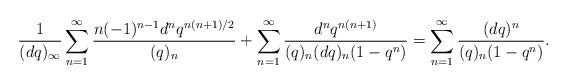
LaTeX: \begin{align*}\frac{1}{(dq)_{\infty}}\sum_{n=1}^{\infty}\frac{n(-1)^{n-1}d^nq^{n(n+1)/2}}{(q)_n}+\sum_{n=1}^{\infty}\frac{d^nq^{n(n+1)}}{(q)_n(dq)_n(1-q^n)}=\sum_{n=1}^{\infty}\frac{(dq)^n}{(q)_n(1-q^n)}.\end{align*}